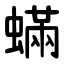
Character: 蟎